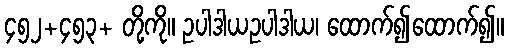
၄၅၂+၄၅၃+ တို့ကို။ ဥပါဒါယဥပါဒါယ၊ ထောက်၍ထောက်၍။